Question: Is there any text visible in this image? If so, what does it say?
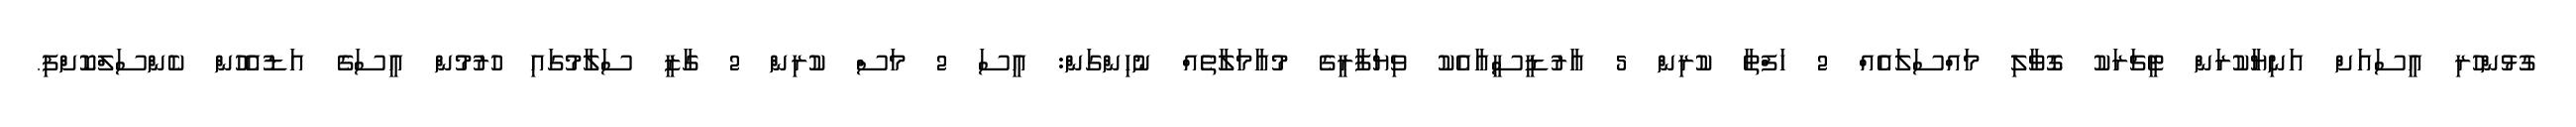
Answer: ގުޅުންހުރި އީސައަށް އަނިޔާކުރަން ޓީޗަރަކު ގޮވާލި މައްސަލައެއް 2 ހަފްތާ ކުރިން 5 އާރުޑީސީއާއެކު ވިޔަފާރީގެ މުއާމަލާތެއް ނުހިންގަން: އީސަ 2 މަސް ކުރިން 2 ގާޒީ ސަލާމުގައި ހުރުމުން އީސަގެ އަޑުއެހުން ކެންސަލްކޮށްފި.